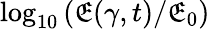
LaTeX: \log_{10}\left(\mathfrak{E}(\gamma,t)/\mathfrak{E}_{0}\right)